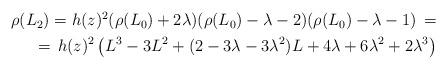
LaTeX: \begin{align*}\begin{aligned}\rho(L_2)=h(z)^{2}(\rho(L_0)+2\lambda)(\rho(L_0)-\lambda-2)(\rho(L_0)-\lambda-1)\, = \\ = \,h(z)^{2}\left( L^3 - 3L^2 +(2-3\lambda-3\lambda^2)L + 4\lambda +6 \lambda^2 +2\lambda^3\right)\end{aligned}\end{align*} % \end{align*}